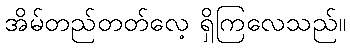
အိမ်တည်တတ်လေ့ ရှိကြလေသည်။